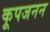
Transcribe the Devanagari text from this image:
कूपजनन